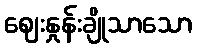
ဈေးနှုန်းချိုသာသော